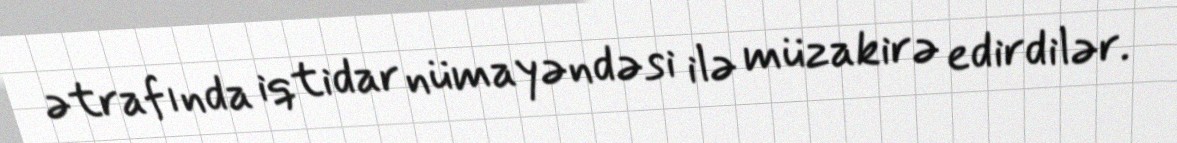
ətrafında iqtidar nümayəndəsi ilə müzakirə edirdilər.